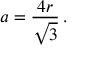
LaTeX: a = { \frac { 4 r } { \sqrt { 3 } } } \, .